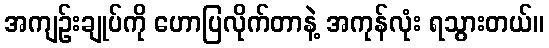
အကျဉ်းချုပ်ကို ဟောပြလိုက်တာနဲ့ အကုန်လုံး ရသွားတယ်။